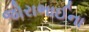
જોરાભાઈના